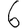
Digit: 6